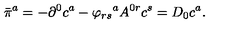
{ \bar { \pi } } ^ { a } = - \partial ^ { 0 } c ^ { a } - { \varphi _ { r s } } ^ { a } A ^ { 0 r } c ^ { s } = D _ { 0 } c ^ { a } .